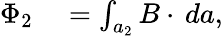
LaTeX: \begin{array}{rl}{\Phi_{2}}&{{}=\int_{a_{2}}B\cdot\, da,}\end{array}